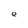
Character: e